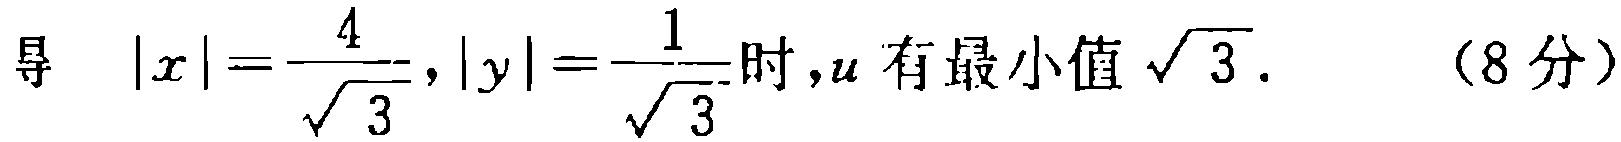
导 $\vert x\vert=\frac{4}{\sqrt{3}},\vert y\vert=\frac{1}{\sqrt{3}}$时,$u$ 有最小值$\sqrt{3}$. （8分）